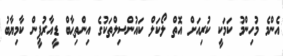
އެންމެ މުހިންމު ކަމަކީ ކުރިއަށް އޮތް ލޯކަލް ކައުންސިލްތަކުގެ އިންތިޙާބް ޑީއާރުޕީން ކާމިޔާބު